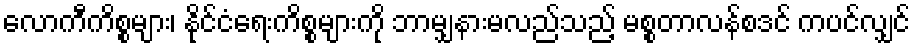
လောကီကိစ္စများ၊ နိုင်ငံရေးကိစ္စများကို ဘာမျှနားမလည်သည့် မစ္စတာလန်စဒင် ကပင်လျှင်